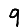
Digit: 9